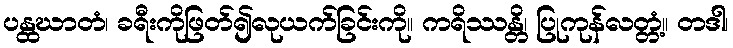
ပန္ထဃာတံ၊ ခရီးကိုဖြတ်၍လုယက်ခြင်းကို။ ကရိဿန္တိ၊ ပြုကုန်လတ္တံ့။ တဒါ၊